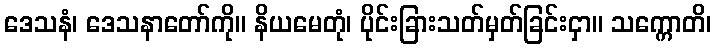
ဒေသနံ၊ ဒေသနာတော်ကို။ နိယမေတုံ၊ ပိုင်းခြားသတ်မှတ်ခြင်းငှာ။ သက္ကောတိ၊